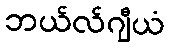
ဘယ်လ်ဂျီယံ